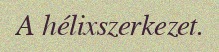
A hélixszerkezet.